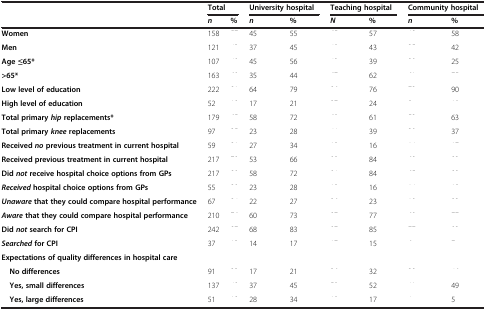
<table><thead><tr><td rowspan="2">[EMPTY_CELL]</td><td colspan="2"><b>Total</b></td><td colspan="2"><b>University hospital</b></td><td colspan="2"><b>Teaching hospital</b></td><td colspan="2"><b>Community hospital</b></td></tr><tr><td><b><i>n</i></b></td><td><b>%</b></td><td><b><i>n</i></b></td><td><b>%</b></td><td><b><i>N</i></b></td><td><b>%</b></td><td><b><i>n</i></b></td><td><b>%</b></td></tr></thead><tbody><tr><td><b>Women</b></td><td>158</td><td>[EMPTY_CELL]</td><td>45</td><td>55</td><td>[EMPTY_CELL]</td><td>57</td><td>[EMPTY_CELL]</td><td>58</td></tr><tr><td><b>Men</b></td><td>121</td><td>[EMPTY_CELL]</td><td>37</td><td>45</td><td>[EMPTY_CELL]</td><td>43</td><td>[EMPTY_CELL]</td><td>42</td></tr><tr><td><b>Age ≤65*</b></td><td>107</td><td>[EMPTY_CELL]</td><td>45</td><td>56</td><td>[EMPTY_CELL]</td><td>39</td><td>[EMPTY_CELL]</td><td>25</td></tr><tr><td><b>&gt;65*</b></td><td>163</td><td>[EMPTY_CELL]</td><td>35</td><td>44</td><td>[EMPTY_CELL]</td><td>62</td><td>[EMPTY_CELL]</td><td>[EMPTY_CELL]</td></tr><tr><td><b>Low level of education</b></td><td>222</td><td>[EMPTY_CELL]</td><td>64</td><td>79</td><td>[EMPTY_CELL]</td><td>76</td><td>[EMPTY_CELL]</td><td>90</td></tr><tr><td><b>High level of education</b></td><td>52</td><td>[EMPTY_CELL]</td><td>17</td><td>21</td><td>[EMPTY_CELL]</td><td>24</td><td>[EMPTY_CELL]</td><td>[EMPTY_CELL]</td></tr><tr><td><b>Total primary</b><b><i>hip</i></b><b>replacements*</b></td><td>179</td><td>[EMPTY_CELL]</td><td>58</td><td>72</td><td>[EMPTY_CELL]</td><td>61</td><td>[EMPTY_CELL]</td><td>63</td></tr><tr><td><b>Total primary</b><b><i>knee</i></b><b>replacements</b></td><td>97</td><td>[EMPTY_CELL]</td><td>23</td><td>28</td><td>[EMPTY_CELL]</td><td>39</td><td>[EMPTY_CELL]</td><td>37</td></tr><tr><td><b>Received</b><b><i>no</i></b><b>previous treatment in current hospital</b></td><td>59</td><td>[EMPTY_CELL]</td><td>27</td><td>34</td><td>[EMPTY_CELL]</td><td>16</td><td>[EMPTY_CELL]</td><td>[EMPTY_CELL]</td></tr><tr><td><b>Received previous treatment in current hospital</b></td><td>217</td><td>[EMPTY_CELL]</td><td>53</td><td>66</td><td>[EMPTY_CELL]</td><td>84</td><td>[EMPTY_CELL]</td><td>[EMPTY_CELL]</td></tr><tr><td><b>Did</b><b><i>not</i></b><b>receive hospital choice options from GPs</b></td><td>217</td><td>[EMPTY_CELL]</td><td>58</td><td>72</td><td>[EMPTY_CELL]</td><td>84</td><td>[EMPTY_CELL]</td><td>[EMPTY_CELL]</td></tr><tr><td><b><i>Received</i></b><b>hospital choice options from GPs</b></td><td>55</td><td>[EMPTY_CELL]</td><td>23</td><td>28</td><td>[EMPTY_CELL]</td><td>16</td><td>[EMPTY_CELL]</td><td>[EMPTY_CELL]</td></tr><tr><td><b><i>Unaware</i></b><b>that they could compare hospital performance</b></td><td>67</td><td>[EMPTY_CELL]</td><td>22</td><td>27</td><td>[EMPTY_CELL]</td><td>23</td><td>[EMPTY_CELL]</td><td>[EMPTY_CELL]</td></tr><tr><td><b><i>Aware</i></b><b>that they could compare hospital performance</b></td><td>210</td><td>[EMPTY_CELL]</td><td>60</td><td>73</td><td>[EMPTY_CELL]</td><td>77</td><td>[EMPTY_CELL]</td><td>[EMPTY_CELL]</td></tr><tr><td><b>Did</b><b><i>not</i></b><b>search for CPI</b></td><td>242</td><td>[EMPTY_CELL]</td><td>68</td><td>83</td><td>[EMPTY_CELL]</td><td>85</td><td>[EMPTY_CELL]</td><td>[EMPTY_CELL]</td></tr><tr><td><b><i>Searched</i></b><b>for CPI</b></td><td>37</td><td>[EMPTY_CELL]</td><td>14</td><td>17</td><td>[EMPTY_CELL]</td><td>15</td><td>[EMPTY_CELL]</td><td>[EMPTY_CELL]</td></tr><tr><td><b>Expectations of quality differences in hospital care</b></td><td>[EMPTY_CELL]</td><td>[EMPTY_CELL]</td><td>[EMPTY_CELL]</td><td>[EMPTY_CELL]</td><td>[EMPTY_CELL]</td><td>[EMPTY_CELL]</td><td>[EMPTY_CELL]</td><td>[EMPTY_CELL]</td></tr><tr><td> <b>No differences</b></td><td>91</td><td>[EMPTY_CELL]</td><td>17</td><td>21</td><td>[EMPTY_CELL]</td><td>32</td><td>[EMPTY_CELL]</td><td>[EMPTY_CELL]</td></tr><tr><td> <b>Yes, small differences</b></td><td>137</td><td>[EMPTY_CELL]</td><td>37</td><td>45</td><td>[EMPTY_CELL]</td><td>52</td><td>[EMPTY_CELL]</td><td>49</td></tr><tr><td> <b>Yes, large differences</b></td><td>51</td><td>[EMPTY_CELL]</td><td>28</td><td>34</td><td>[EMPTY_CELL]</td><td>17</td><td>[EMPTY_CELL]</td><td>5</td></tr></tbody></table>